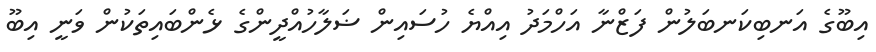
އިބޫގެ އަނބިކަނބަލުން ފަޒްނާ އަހްމަދު އިއްޔެ ހުސައިން ޟަލާހުއްދީންގެ ޅެންބައިތަކުން ވަނީ އިބޫ